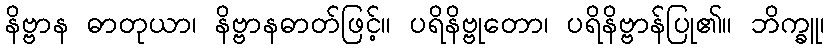
နိဗ္ဗာန ဓာတုယာ၊ နိဗ္ဗာနဓာတ်ဖြင့်။ ပရိနိဗ္ဗုတော၊ ပရိနိဗ္ဗာန်ပြု၏။ ဘိက္ခူ၊